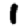
Digit: 1